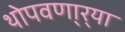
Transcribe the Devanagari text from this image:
थोपवणा्र्‍या